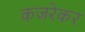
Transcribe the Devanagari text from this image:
कजरेकर